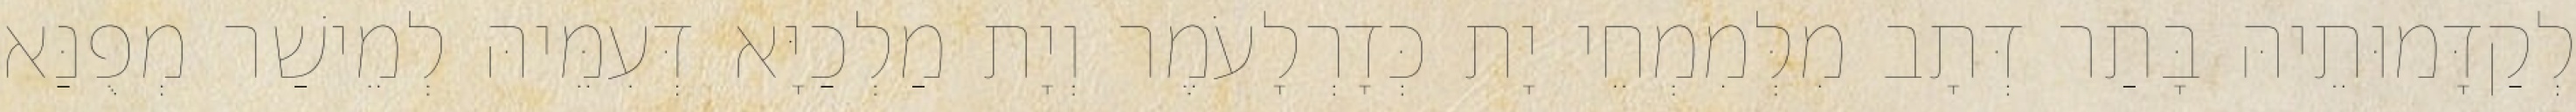
לְקַדָּמוּתֵיהּ בָּתַר דְּתָב מִלְּמִמְחֵי יָת כְּדָרְלָעֹמֶר וְיָת מַלְכַיָּא דְּעִמֵּיהּ לְמֵישַׁר מְפֻנַּא